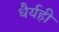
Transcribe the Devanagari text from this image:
धैर्यही